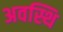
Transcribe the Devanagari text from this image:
अवस्थि